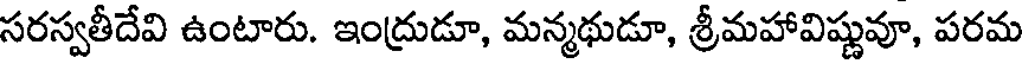
సరస్వతీదేవి ఉంటారు. ఇంద్రుడూ, మన్మథుడూ, శ్రీమహావిష్ణువూ, పరమ